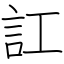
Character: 訌